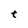
Character: t